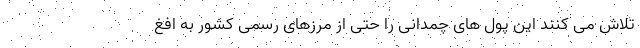
تلاش می کنند این پول های چمدانی را حتی از مرزهای رسمی کشور به افغ